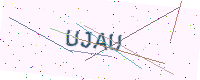
Text: UJAU